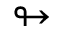
\looparrowright